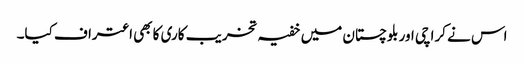
اس نے کراچی اور بلوچستان میں خفیہ تخریب کاری کا بھی اعتراف کیا۔